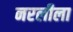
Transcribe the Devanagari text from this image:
नरलीला